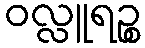
ဝလ္လူရဉ္စ